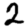
Digit: 2